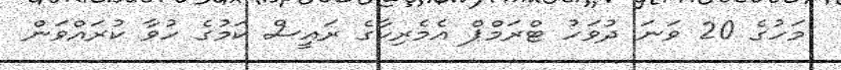
މަހުގެ 20 ވަނަ ދުވަހު ޓްރަމްޕް އެމެރިކާގެ ރައީސް ކަމުގެ ހުވާ ކުރައްވަން